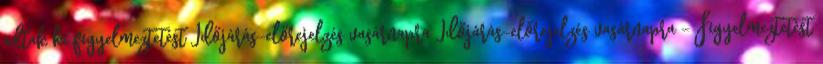
adtak ki figyelmeztetést Időjárás-előrejelzés vasárnapra Időjárás-előrejelzés vasárnapra – Figyelmeztetést